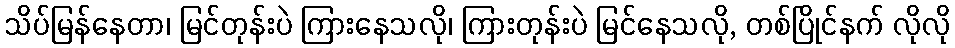
သိပ်မြန်နေတာ၊ မြင်တုန်းပဲ ကြားနေသလို၊ ကြားတုန်းပဲ မြင်နေသလို, တစ်ပြိုင်နက် လိုလို